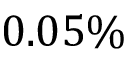
0 . 0 5 \%